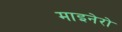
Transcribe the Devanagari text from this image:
माइनेरो